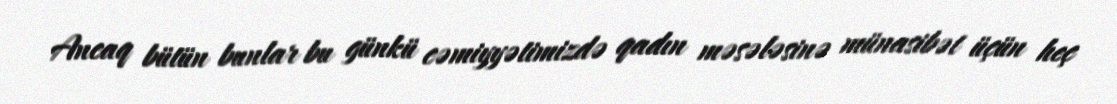
Ancaq bütün bunlar bu günkü cəmiyyətimizdə qadın məsələsinə münasibət üçün heç